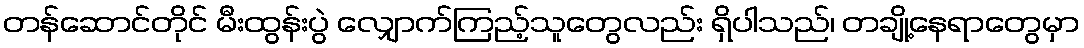
တန်ဆောင်တိုင် မီးထွန်းပွဲ လျှောက်ကြည့်သူတွေလည်း ရှိပါသည်၊ တချို့နေရာတွေမှာ